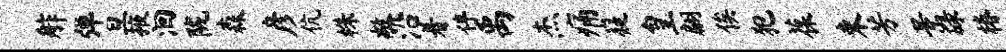
舴弹旦掖洄陇森彦伉株敞沿着伴禹杰痛嶷皇翩俟犯葆束芳景碌椿